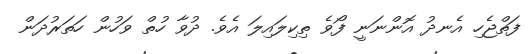
ފަތްޖެހި އެނދު އޮންނަނީ ފޯވެ ތިކިލައިލަ އެވެ. ދުވާ ހުތް ވަހުން ހަތަރުދަން